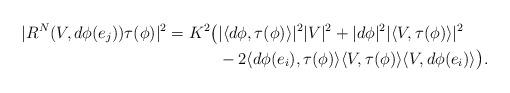
LaTeX: \begin{align*}|R^N(V,d\phi(e_j))\tau(\phi)|^2=K^2\big(&|\langle d\phi,\tau(\phi)\rangle|^2|V|^2+|d\phi|^2|\langle V,\tau(\phi)\rangle|^2 \\&-2\langle d\phi(e_i),\tau(\phi)\rangle\langle V,\tau(\phi)\rangle\langle V,d\phi(e_i)\rangle\big).\end{align*}